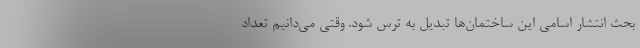
بحث انتشار اسامی این ساختمان‌ها تبدیل به ترس شود. وقتی می‌دانیم تعداد